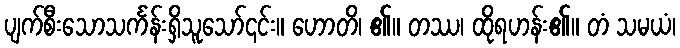
ပျက်စီးသောသင်္ကန်းရှိသူသော်၎င်း။ ဟောတိ၊ ၏။ တဿ၊ ထိုရဟန်း၏။ တံ သမယံ၊